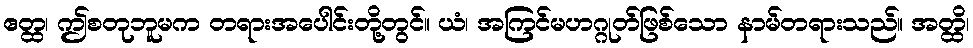
ဧတ္ထ၊ ဤစတုဘူမက တရားအပေါင်းတို့တွင်။ ယံ၊ အကြင်မဟဂ္ဂုတ်ဖြစ်သော နာမ်တရားသည်။ အတ္ထိ၊